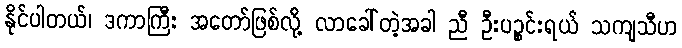
နိုင်ပါတယ်၊ ဒကာကြီး အတော်ဖြစ်လို့ လာခေါ်တဲ့အခါ ညီ ဦးပဉ္စင်းရယ် သကျသီဟ